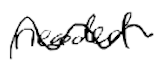
Text: needed
Cross-out: wave
Writing tool: digital_black